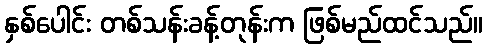
နှစ်ပေါင်း တစ်သန်းခန့်တုန်းက ဖြစ်မည်ထင်သည်။